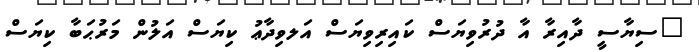
"ސިޔާސީ ދާއިރާ އާ ދުރުވިޔަސް ކައިރިވިޔަސް އަލވިދާޢު ކިޔަސް އަލުން މަރުޙަބާ ކިޔަސް